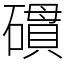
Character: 𥖏